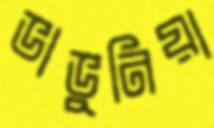
ভাভুনিয়া